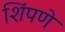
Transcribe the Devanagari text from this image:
शिंपणे